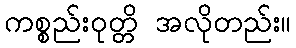
ကစ္စည်းဝုတ္တိ အလိုတည်း။